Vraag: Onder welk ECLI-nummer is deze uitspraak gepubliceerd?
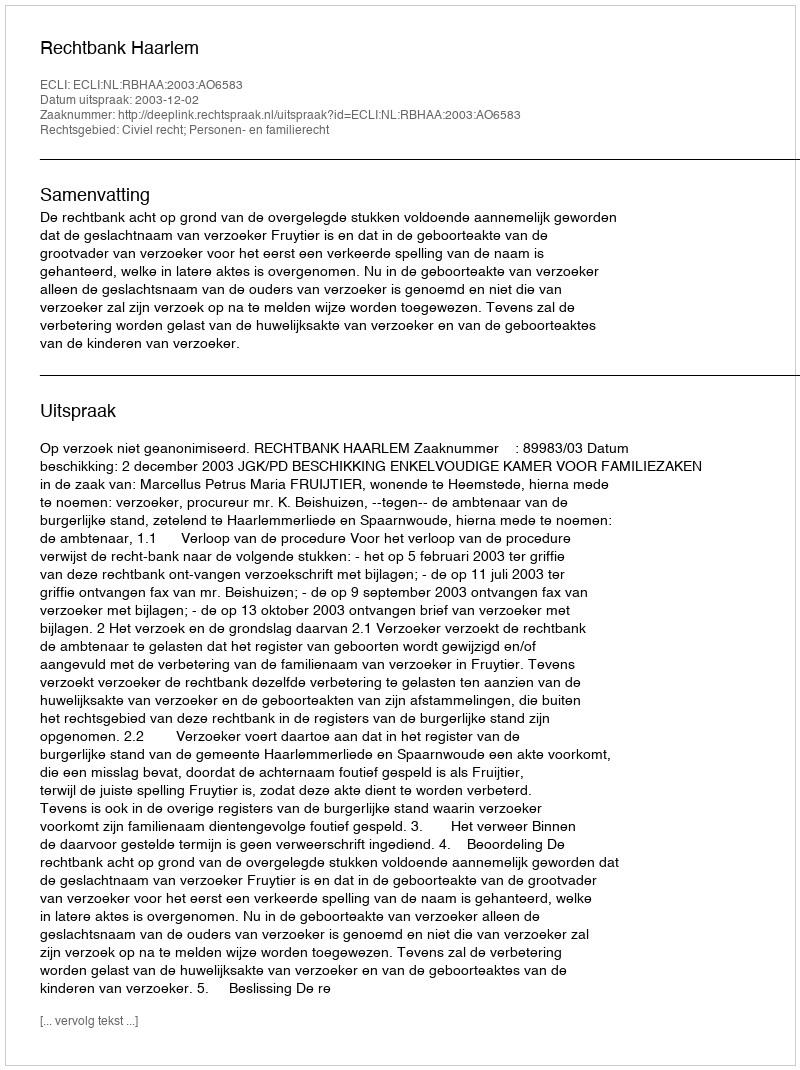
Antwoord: ECLI:NL:RBHAA:2003:AO6583